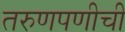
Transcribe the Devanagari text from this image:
तरुणपणीची